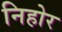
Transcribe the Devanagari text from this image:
निहोर